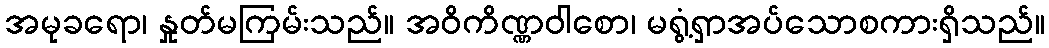
အမုခရော၊ နှုတ်မကြမ်းသည်။ အဝိကိဏ္ဏဝါစော၊ မရွံ့ရှာအပ်သောစကားရှိသည်။